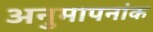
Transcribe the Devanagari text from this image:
अनुमापनांक